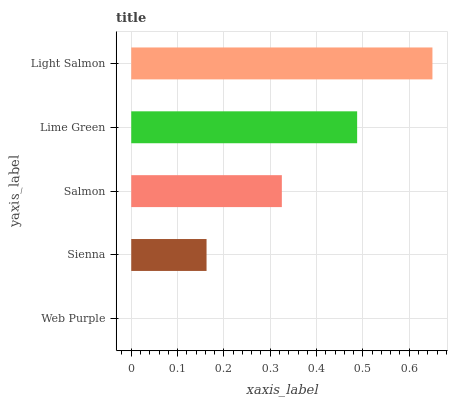
| yaxis_label | bars |
 | --- | --- |
 | Web Purple | 0 |
 | Sienna | 0.163 |
 | Salmon | 0.325 |
 | Lime Green | 0.488 |
 | Light Salmon | 0.65 |